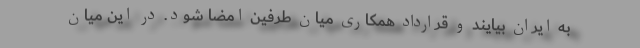
به ایران بیایند و قرارداد همکاری میان طرفین امضا شود. در این میان